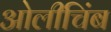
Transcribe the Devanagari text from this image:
ओलीचिंब